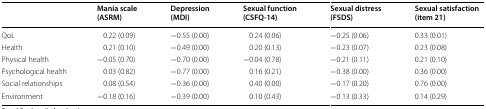
<table><thead><tr><td>[EMPTY_CELL]</td><td><b>Mania scale (ASRM)</b></td><td><b>Depression (MDI)</b></td><td><b>Sexual function (CSFQ-14)</b></td><td><b>Sexual distress (FSDS)</b></td><td><b>Sexual satisfaction (item 21)</b></td></tr></thead><tbody><tr><td>QoL</td><td>0.22 (0.09)</td><td>−0.55 (0.00)</td><td>0.24 (0.06)</td><td>−0.25 (0.06)</td><td>0.33 (0.01)</td></tr><tr><td>Health</td><td>0.21 (0.10)</td><td>−0.49 (0.00)</td><td>0.20 (0.13)</td><td>−0.23 (0.07)</td><td>0.23 (0.08)</td></tr><tr><td>Physical health</td><td>−0.05 (0.70)</td><td>−0.70 (0.00)</td><td>−0.04 (0.78)</td><td>−0.21 (0.11)</td><td>0.21 (0.10)</td></tr><tr><td>Psychological health</td><td>0.03 (0.82)</td><td>−0.77 (0.00)</td><td>0.16 (0.21)</td><td>−0.38 (0.00)</td><td>0.36 (0.00)</td></tr><tr><td>Social relationships</td><td>0.08 (0.54)</td><td>−0.36 (0.00)</td><td>0.40 (0.00)</td><td>−0.17 (0.20)</td><td>0.76 (0.00)</td></tr><tr><td>Environment</td><td>−0.18 (0.16)</td><td>−0.39 (0.00)</td><td>0.10 (0.43)</td><td>−0.13 (0.33)</td><td>0.14 (0.29)</td></tr></tbody></table>